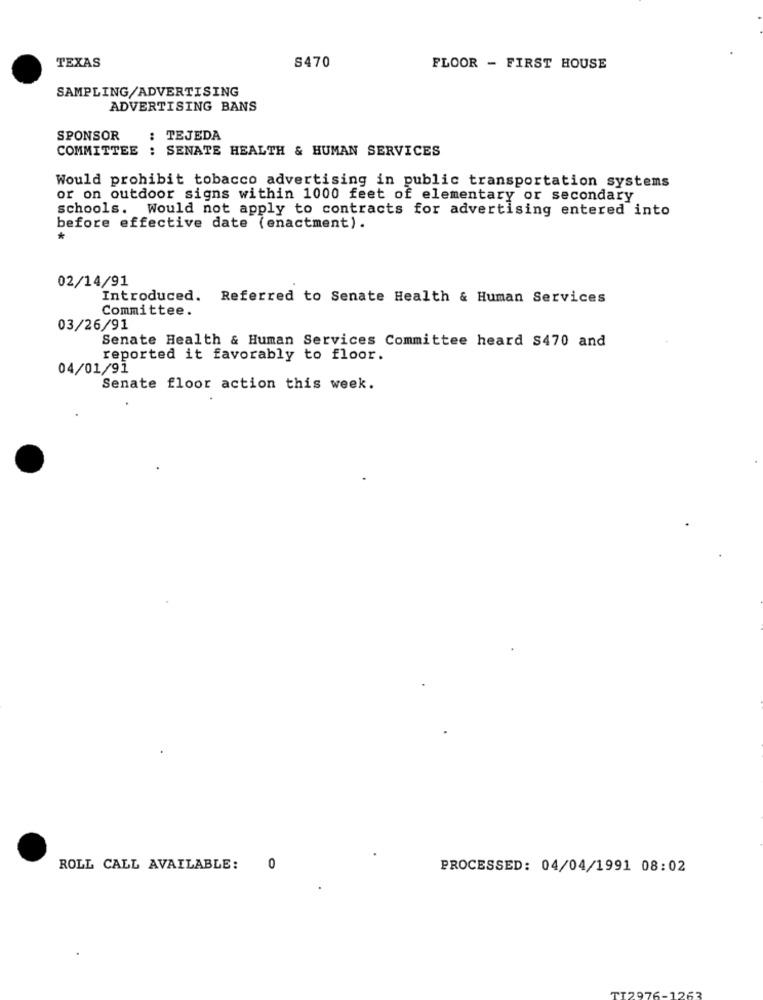
S470
TEXAS
FLOOR - FIRST HOUSE
SAMPLING/ADVERTISING
ADVERTISING BANS
SPONSOR
: TEJEDA
COMMITTEE : SENATE HEALTH & HUMAN SERVICES
Would prohibit tobacco advertising in public transportation systems
or on outdoor signs within 1000 feet of elementary or secondary
schools. Would not apply to contracts for advertising entered into
before effective date (enactment).
*
02/14/91
Introduced. Referred to Senate Health & Human Services
Committee.
03/26/91
Senate Health & Human Services Committee heard S470 and
reported it favorably to floor.
04/01/91
Senate floor action this week.
ROLL CALL AVAILABLE:
0
PROCESSED: 04/04/1991 08:02